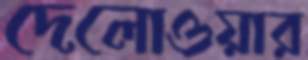
দেলোওয়ার